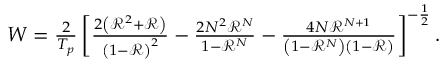
\begin{array} { r } { W = \frac { 2 } { T _ { p } } \left[ \frac { 2 \left( \mathcal { R } ^ { 2 } + \mathcal { R } \right) } { \left( 1 - \mathcal { R } \right) ^ { 2 } } - \frac { 2 N ^ { 2 } \mathcal { R } ^ { N } } { 1 - \mathcal { R } ^ { N } } - \frac { 4 N \mathcal { R } ^ { N + 1 } } { \left( 1 - \mathcal { R } ^ { N } \right) \left( 1 - \mathcal { R } \right) } \right] ^ { - \frac { 1 } { 2 } } . } \end{array}